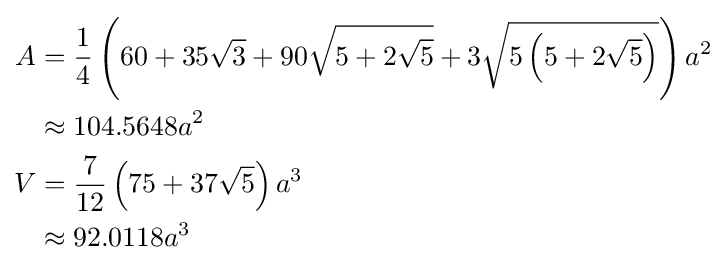
{\begin{aligned}A&={\frac {1}{4}}\left(60+35{\sqrt {3}}+90{\sqrt {5+2{\sqrt {5}}}}+3{\sqrt {5\left(5+2{\sqrt {5}}\right)}}\right)a^{2}\\&\approx 104.5648a^{2}\\V&={\frac {7}{12}}\left(75+37{\sqrt {5}}\right)a^{3}\\&\approx 92.0118a^{3}\end{aligned}}